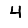
Digit: 4